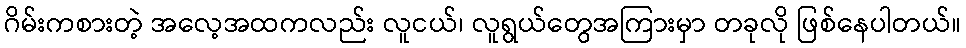
ဂိမ်းကစားတဲ့ အလေ့အထကလည်း လူငယ်၊ လူရွယ်တွေအကြားမှာ တခုလို ဖြစ်နေပါတယ်။